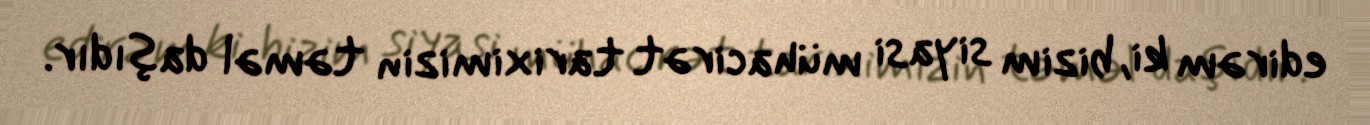
edirəm ki, bizim siyasi mühacirət tariximizin təməl daşıdır.